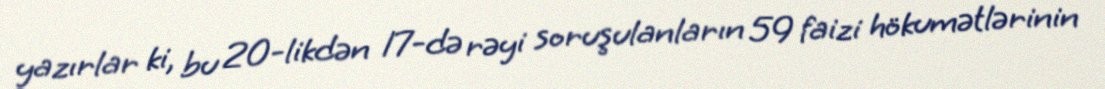
yazırlar ki, bu 20-likdən 17-də rəyi soruşulanların 59 faizi hökumətlərinin